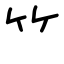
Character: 𥫗